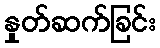
နှုတ်ဆက်ခြင်း